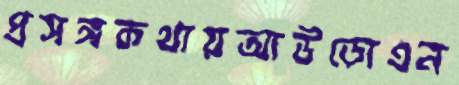
প্রসঙ্গকথায়আউড়োএন